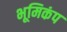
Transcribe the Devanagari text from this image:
भूमिकंप